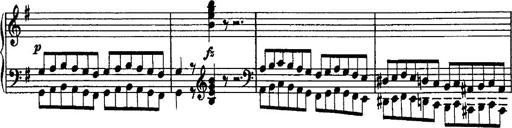
Title: Rondo di bravura
Composer: Franz Liszt